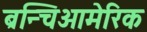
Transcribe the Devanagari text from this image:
ब्रन्चिओमेरिक